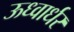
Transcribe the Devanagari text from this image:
ऊध्वार्धर